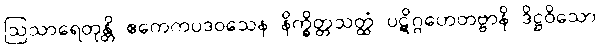
ဩသာရေတုန္တိ ဧကေကပဒဝသေန နိက္ခိတ္တသတ္ထံ ပဋိဂ္ဂဟေတဗ္ဗာနိ ဒိဋ္ဌဝိသော